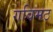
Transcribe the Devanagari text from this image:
गविमठ